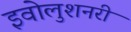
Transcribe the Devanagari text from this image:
इवोलुशनरी